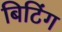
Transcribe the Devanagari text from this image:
बिटिंग